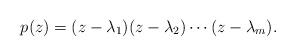
LaTeX: \begin{align*}p(z)=(z-\lambda_1)(z-\lambda_2)\cdots(z-\lambda_m).\end{align*}